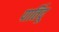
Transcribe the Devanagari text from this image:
पार्तिदू